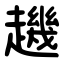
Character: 䟇